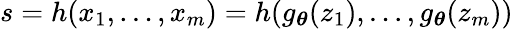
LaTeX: s=h(x_{1},\ldots,x_{m})=h(g_{\boldsymbol{\theta}}(z_{1}),\ldots,g_{\boldsymbol{\theta}}(z_{m}))